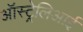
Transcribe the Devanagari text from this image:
ऑस्ट्रेलिआई